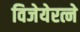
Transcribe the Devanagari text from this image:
विजेयेरत्ने